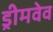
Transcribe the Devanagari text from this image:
ड्रीमवेव